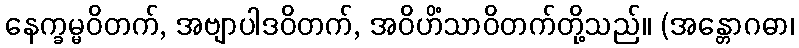
နေက္ခမ္မဝိတက်, အဗျာပါဒဝိတက်, အဝိဟိံသာဝိတက်တို့သည်။ (အန္တောဂဓာ၊